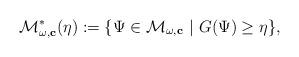
LaTeX: \begin{align*}\mathcal{M}_{\omega,\mathbf{c}}^*(\eta):=\{\Psi \in \mathcal{M}_{\omega,\mathbf{c}}\ |\ G(\Psi)\ge \eta\},\end{align*}